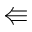
\Lleftarrow